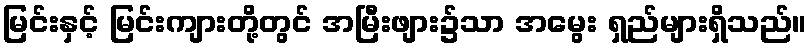
မြင်းနှင့် မြင်းကျားတို့တွင် အမြီးဖျား၌သာ အမွေး ရှည်များရှိသည်။